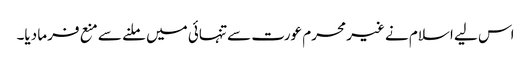
اس لیے اسلام نے غیر محرم عورت سے تنہائی میں ملنے سے منع فرما دیا۔